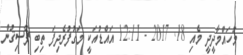
މުހައްމާދީދީ މެއި 18